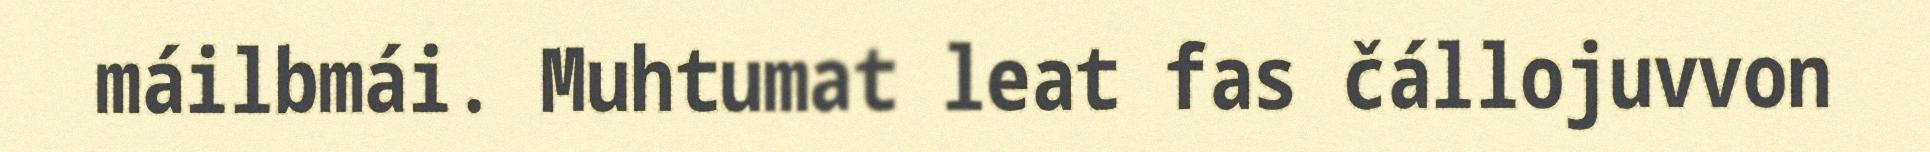
máilbmái. Muhtumat leat fas čállojuvvon